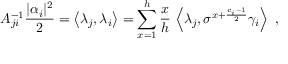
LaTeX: A _ { j i } ^ { - 1 } \frac { | \alpha _ { i } | ^ { 2 } } { 2 } = \left\langle \lambda _ { j } , \lambda _ { i } \right\rangle = \sum _ { x = 1 } ^ { h } \frac { x } { h } \, \left\langle \lambda _ { j } , \sigma ^ { x + \frac { c _ { i } - 1 } { 2 } } \gamma _ { i } \right\rangle \; ,